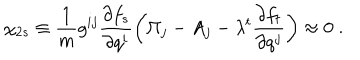
\chi _ { 2 s } \equiv \frac { 1 } { m } g ^ { i j } \frac { \partial f _ { s } } { \partial q ^ { i } } \left( \Pi _ { j } - A _ { j } - \lambda ^ { t } \frac { \partial f _ { t } } { \partial q ^ { j } } \right) \approx 0 \; .